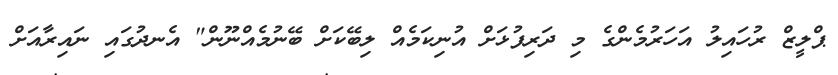
ޕްލީޒް ރުހައިލު އަހަރުމެންގެ މި ދަރިފުޅަށް އުނިކަމެއް ލިބޭކަށް ބޭނުމެއްނޫން" އެނދުގައި ނައިރާއަށް